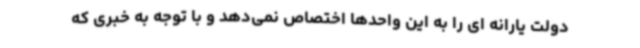
دولت یارانه ای را به این واحدها اختصاص نمی‌دهد و با توجه به خبری که